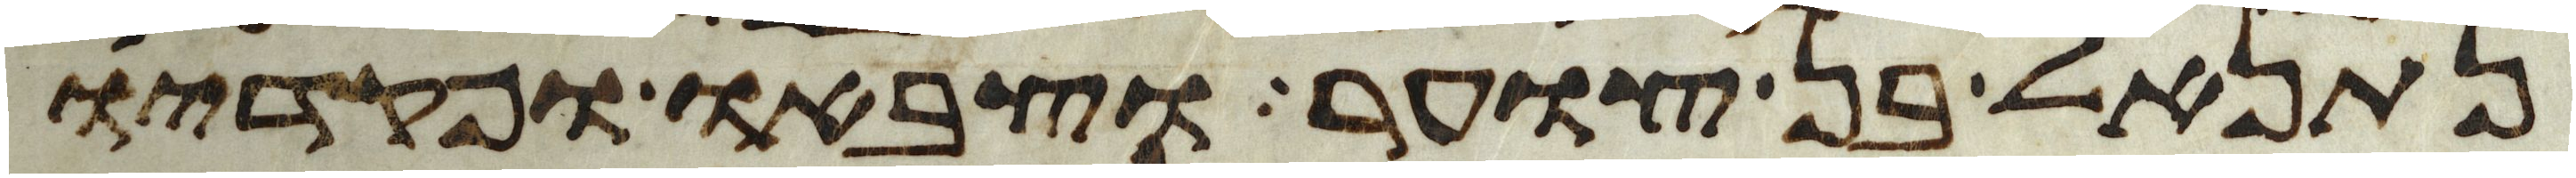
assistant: נתנאל בן צוער וצבאו ופקדיו